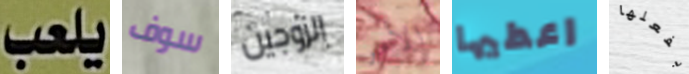
يلعب سوف الزوجين الأمر اعطيها بفعلها